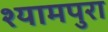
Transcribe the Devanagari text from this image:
श्यामपुरा